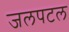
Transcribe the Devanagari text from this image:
जलपटल